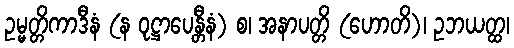
ဥမ္မတ္တိကာဒီနံ (န ဝုဋ္ဌာပေန္တီနံ) စ၊ အနာပတ္တိ (ဟောတိ)၊ ဥဘယတ္ထ၊